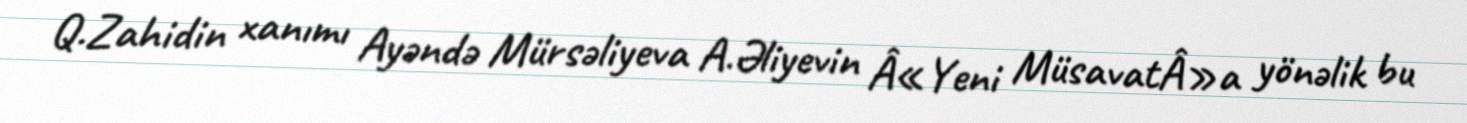
Q.Zahidin xanımı Ayəndə Mürsəliyeva A.Əliyevin Â«Yeni MüsavatÂ»a yönəlik bu